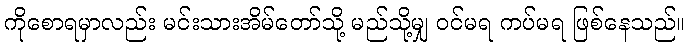
ကိုစောရမှာလည်း မင်းသားအိမ်တော်သို့ မည်သို့မျှ ဝင်မရ ကပ်မရ ဖြစ်နေသည်။